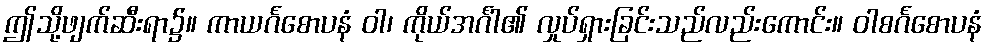
ဤသို့ဖျက်ဆီးရာ၌။ ကာယင်္ဂစောပနံ ဝါ၊ ကိုယ်အင်္ဂါ၏ လှုပ်ရှားခြင်းသည်လည်းကောင်း။ ဝါစင်္ဂစောပနံ